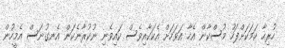
ހުރިހާ ކަމަކަށްފަހު މުސްކާން އެހާ އަވަހަށް އެކަކާއިވެސް ކައިވެނި ނުކުރާނެކަން އެނގުނަސް އެމީހުން